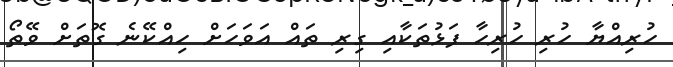
ހުރިއްޔާ ހުރި ހުރިހާ ފަޅުތަކާއި ގިރި ތައް އަވަހަށް ހިއްކޭނެ ގޮތަށް ވޭތޯ